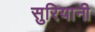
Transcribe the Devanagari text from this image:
सुरियानी